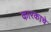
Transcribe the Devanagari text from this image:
कारकाचे